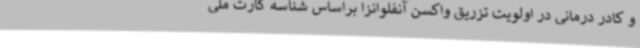
و کادر درمانی در اولویت تزریق واکسن آنفلوانزا براساس شناسه کارت ملی